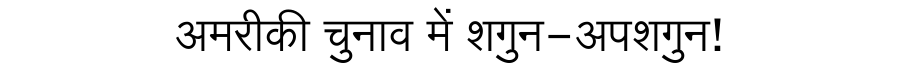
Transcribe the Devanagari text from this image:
अमरीकी चुनाव में शगुन-अपशगुन!